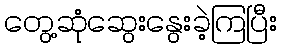
တွေ့ဆုံဆွေးနွေးခဲ့ကြပြီး